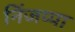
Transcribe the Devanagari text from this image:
निंजप्पा